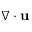
\nabla \cdot \mathbf u